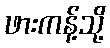
ဖားကန့်သို့